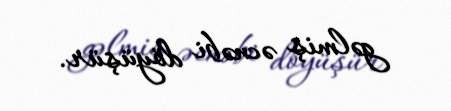
gəlmiş əcnəbi döyüşür.